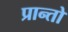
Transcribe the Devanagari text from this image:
प्रान्‍तो